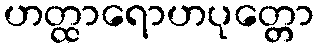
ဟတ္ထာရောဟပုတ္တော